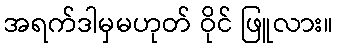
အရက်ဒါမှမဟုတ် ဝိုင် ဖြူလား။